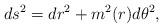
LaTeX: \begin{align*}ds^2=dr^2+m^2(r)d\theta^2,\end{align*}